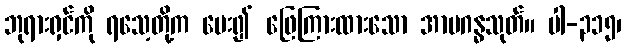
ဘုရားရှင်ကို ရသေ့တို့က မေး၍ ဖြေကြားထားသော အာမဂန္ဓသုတ်။ ပါ-၃၁၅၊